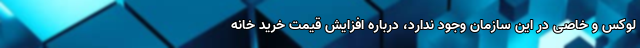
لوکس و خاصی در این سازمان وجود ندارد، درباره افزایش قیمت‌ خرید خانه